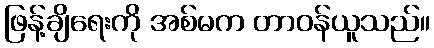
ဖြန့်ချိရေးကို အစ်မက တာဝန်ယူသည်။